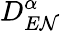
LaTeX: D_{E\mathcal{N}}^{\alpha}